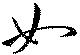
如